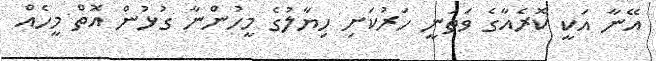
އޭނާ އަކީ ކޮރެއާގެ ވަތަނީ ހަރުކަށި ހިޔާލުގެ މީހުންނާ ގުޅުން އޮތް މީހެއް